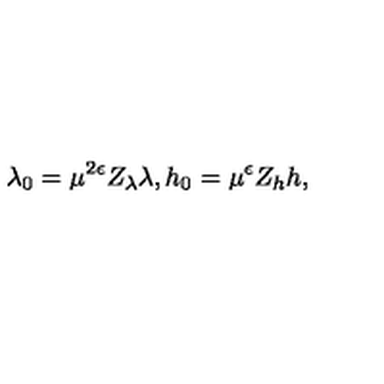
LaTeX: \lambda _ { 0 } = \mu ^ { 2 \epsilon } Z _ { \lambda } \lambda , h _ { 0 } = \mu ^ { \epsilon } Z _ { h } h ,